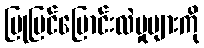
ပြုပြင်ပြောင်းလဲမှုများကို